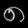
Digit: ၈